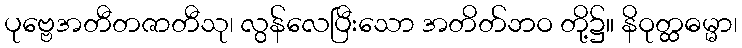
ပုဗ္ဗေအတီတဇာတီသု၊ လွန်လေပြီးသော အတိတ်ဘဝ တို့၌။ နိဝုတ္ထဓမ္မာ၊